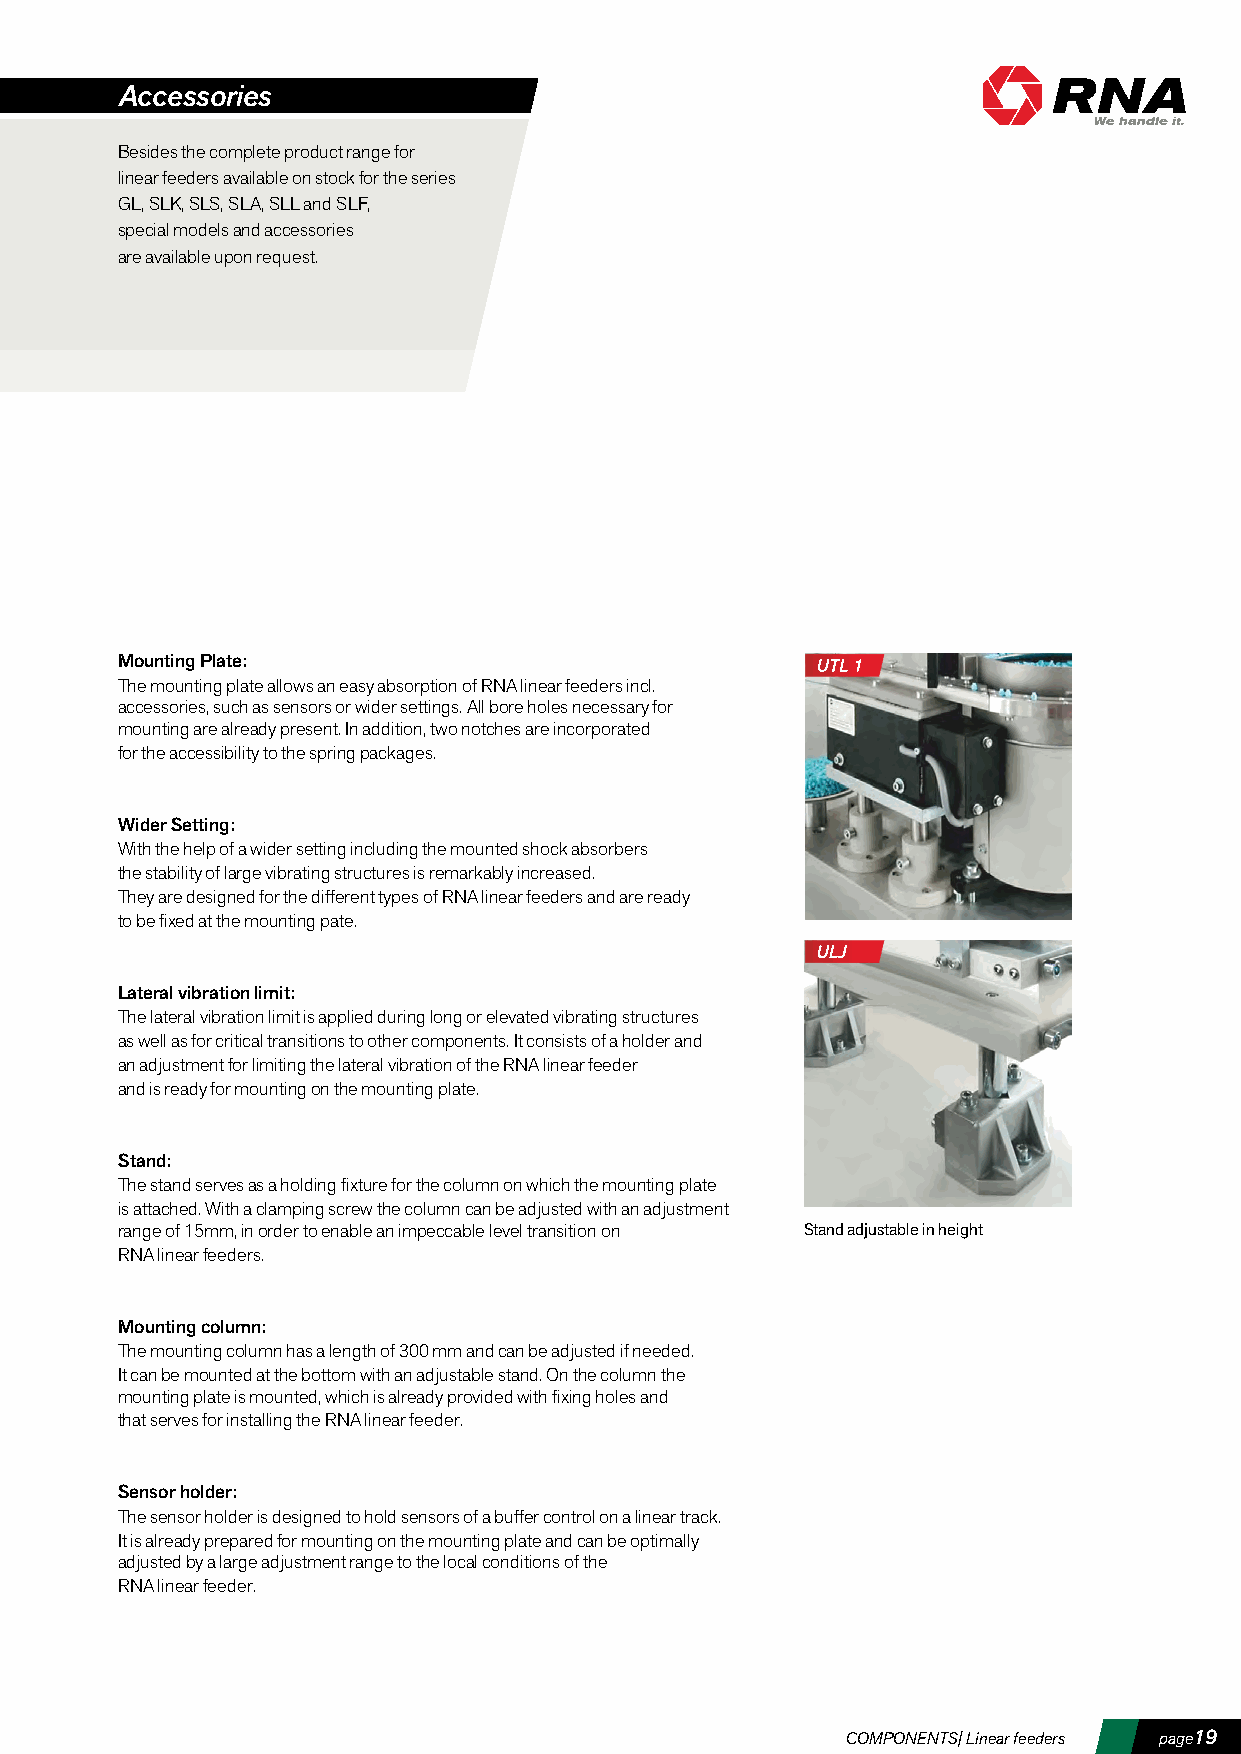
Accessories
 Besides the complete product range for
 linear feeders available on stock for the series
 GL, SLK, SLS, SLA, SLL and SLF,
 special models and accessories
 are available upon request.
 Mounting Plate:
 The mounting plate allows an easy absorption of RNA linear feeders incl.
 accessories, such as sensors or wider settings. All bore holes necessary for
 mounting are already present. In addition, two notches are incorporated
 for the accessibility to the spring packages.
 Wider Setting:
 With the help of a wider setting including the mounted shock absorbers
 the stability of large vibrating structures is remarkably increased.
 They are designed for the different types of RNA linear feeders and are ready
 to be fixed at the mounting pate.
 Lateral vibration limit:
 The lateral vibration limit is applied during long or elevated vibrating structures
 as well as for critical transitions to other components. It consists of a holder and
 an adjustment for limiting the lateral vibration of the RNA linear feeder
 and is ready for mounting on the mounting plate.
 Stand:
 The stand serves as a holding fixture for the column on which the mounting plate
 is attached. With a clamping screw the column can be adjusted with an adjustment
 range of 15mm, in order to enable an impeccable level transition on Stand adjustable in height
 RNA linear feeders.
 Mounting column:
 The mounting column has a length of 300 mm and can be adjusted if needed.
 It can be mounted at the bottom with an adjustable stand. On the column the
 mounting plate is mounted, which is already provided with fixing holes and
 that serves for installing the RNA linear feeder.
 Sensor holder:
 The sensor holder is designed to hold sensors of a buffer control on a linear track.
 It is already prepared for mounting on the mounting plate and can be optimally
 adjusted by a large adjustment range to the local conditions of the
 RNA linear feeder.
 COMPONENTS| Linear feeders page19